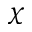
\chi